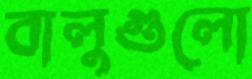
বালুগুলো